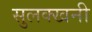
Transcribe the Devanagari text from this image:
सुलक्खनी